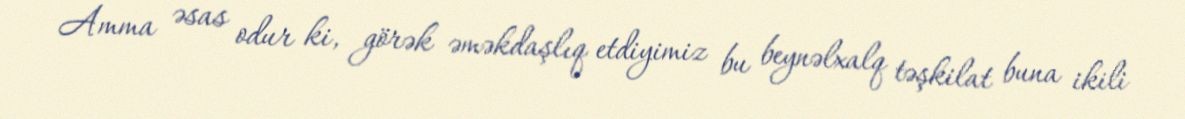
Amma əsas odur ki, görək əməkdaşlıq etdiyimiz bu beynəlxalq təşkilat buna ikili